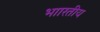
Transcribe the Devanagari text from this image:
भाारतीय